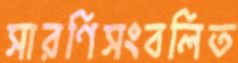
সারণিসংবলিত